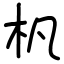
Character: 杋